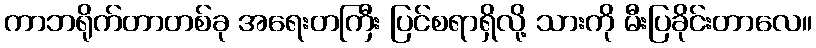
ကာဘရိုက်တာတစ်ခု အရေးတကြီး ပြင်စရာရှိလို့ သားကို မီးပြခိုင်းတာလေ။